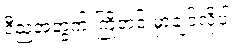
ဒီညအတွက် ကြိုတင် မှာချင်လို့ပါ။